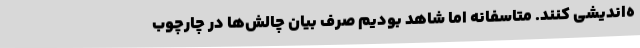
ه‌اندیشی کنند. متاسفانه اما شاهد بودیم صرفِ بیان چالش‌ها در چارچوب